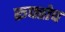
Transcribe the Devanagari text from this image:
रूफ्तोप